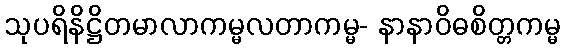
သုပရိနိဋ္ဌိတမာလာကမ္မလတာကမ္မ- နာနာဝိဓစိတ္တကမ္မ